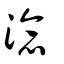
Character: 淰